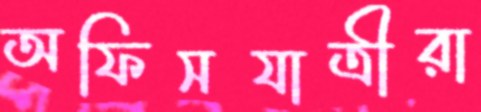
অফিসযাত্রীরা